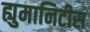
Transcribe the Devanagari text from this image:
ह्युमानिटीस